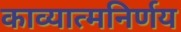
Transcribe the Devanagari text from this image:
काव्यात्मनिर्णय